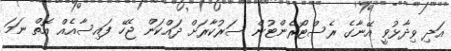
އަދި ވިދާޅުވީ އޭނާގެ ރެސްޓޯރެންޓުން ސަރުކާރަށް ދައްކަން ޖެހޭ ފައިސާއެއް އޮތް ނަމަ